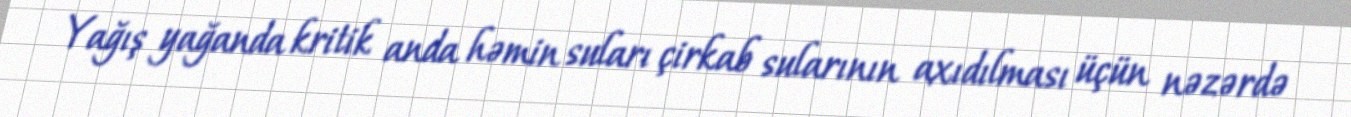
Yağış yağanda kritik anda həmin suları çirkab sularının axıdılması üçün nəzərdə